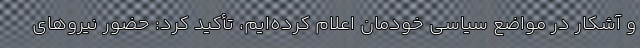
و آشکار در مواضع سیاسی خودمان اعلام کرده‌ایم، تأکید کرد: حضور نیروهای